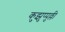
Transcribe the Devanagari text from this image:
कुझुप्पुल्ली